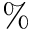
\%